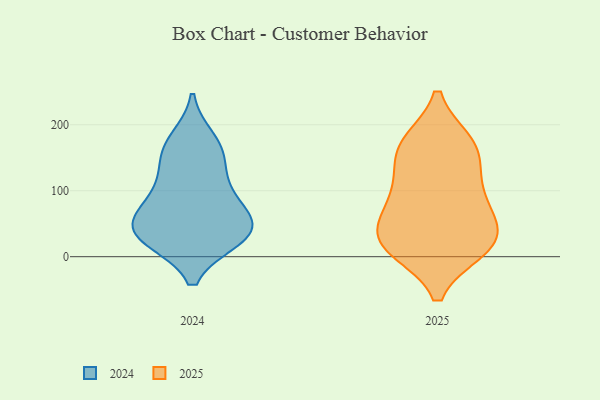
{"axis": {"x": "Budget (USD K)", "y": "Value"}, "legend": ["2024", "2025"], "data": [{"x": "", "y": 13, "type": "2025"}, {"x": "", "y": 109, "type": "2025"}, {"x": "", "y": 170, "type": "2025"}, {"x": "", "y": 20, "type": "2025"}, {"x": "", "y": 52, "type": "2025"}, {"x": "", "y": 104, "type": "2025"}, {"x": "", "y": 17, "type": "2025"}, {"x": "", "y": 62, "type": "2025"}, {"x": "", "y": 172, "type": "2025"}, {"x": "", "y": 170, "type": "2025"}, {"x": "", "y": 12, "type": "2025"}, {"x": "", "y": 78, "type": "2025"}, {"x": "", "y": 148, "type": "2025"}, {"x": "", "y": 29, "type": "2025"}, {"x": "", "y": 30, "type": "2024"}, {"x": "", "y": 107, "type": "2024"}, {"x": "", "y": 48, "type": "2024"}, {"x": "", "y": 99, "type": "2024"}, {"x": "", "y": 30, "type": "2024"}, {"x": "", "y": 73, "type": "2024"}, {"x": "", "y": 157, "type": "2024"}, {"x": "", "y": 28, "type": "2024"}, {"x": "", "y": 40, "type": "2024"}, {"x": "", "y": 176, "type": "2024"}, {"x": "", "y": 155, "type": "2024"}, {"x": "", "y": 52, "type": "2024"}]}